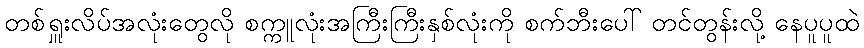
တစ်ရှူးလိပ်အလုံးတွေလို စက္ကူလုံးအကြီးကြီးနှစ်လုံးကို စက်ဘီးပေါ် တင်တွန်းလို့ နေပူပူထဲ